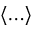
\langle \ldots \rangle